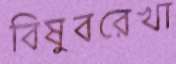
বিষুবরেখা